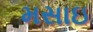
મસાઇ